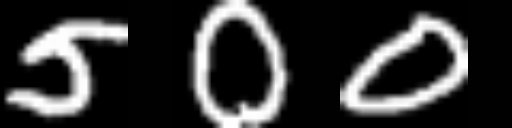
Text: 500